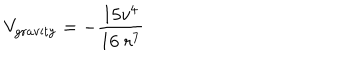
LaTeX: V _ { \mathrm { g r a v i t y } } = - \frac { 1 5 v ^ { 4 } } { 1 6 \; r ^ { 7 } }